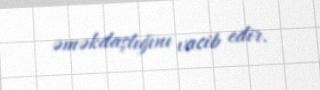
əməkdaşlığını vacib edir.